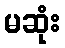
မဆုံး